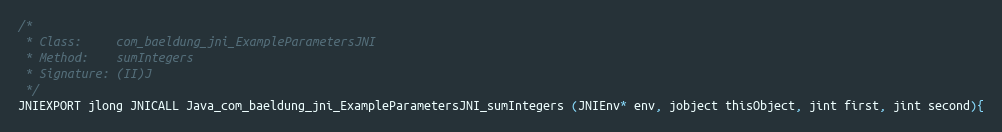
Language: C++
/*
 * Class:     com_baeldung_jni_ExampleParametersJNI
 * Method:    sumIntegers
 * Signature: (II)J
 */
JNIEXPORT jlong JNICALL Java_com_baeldung_jni_ExampleParametersJNI_sumIntegers (JNIEnv* env, jobject thisObject, jint first, jint second){